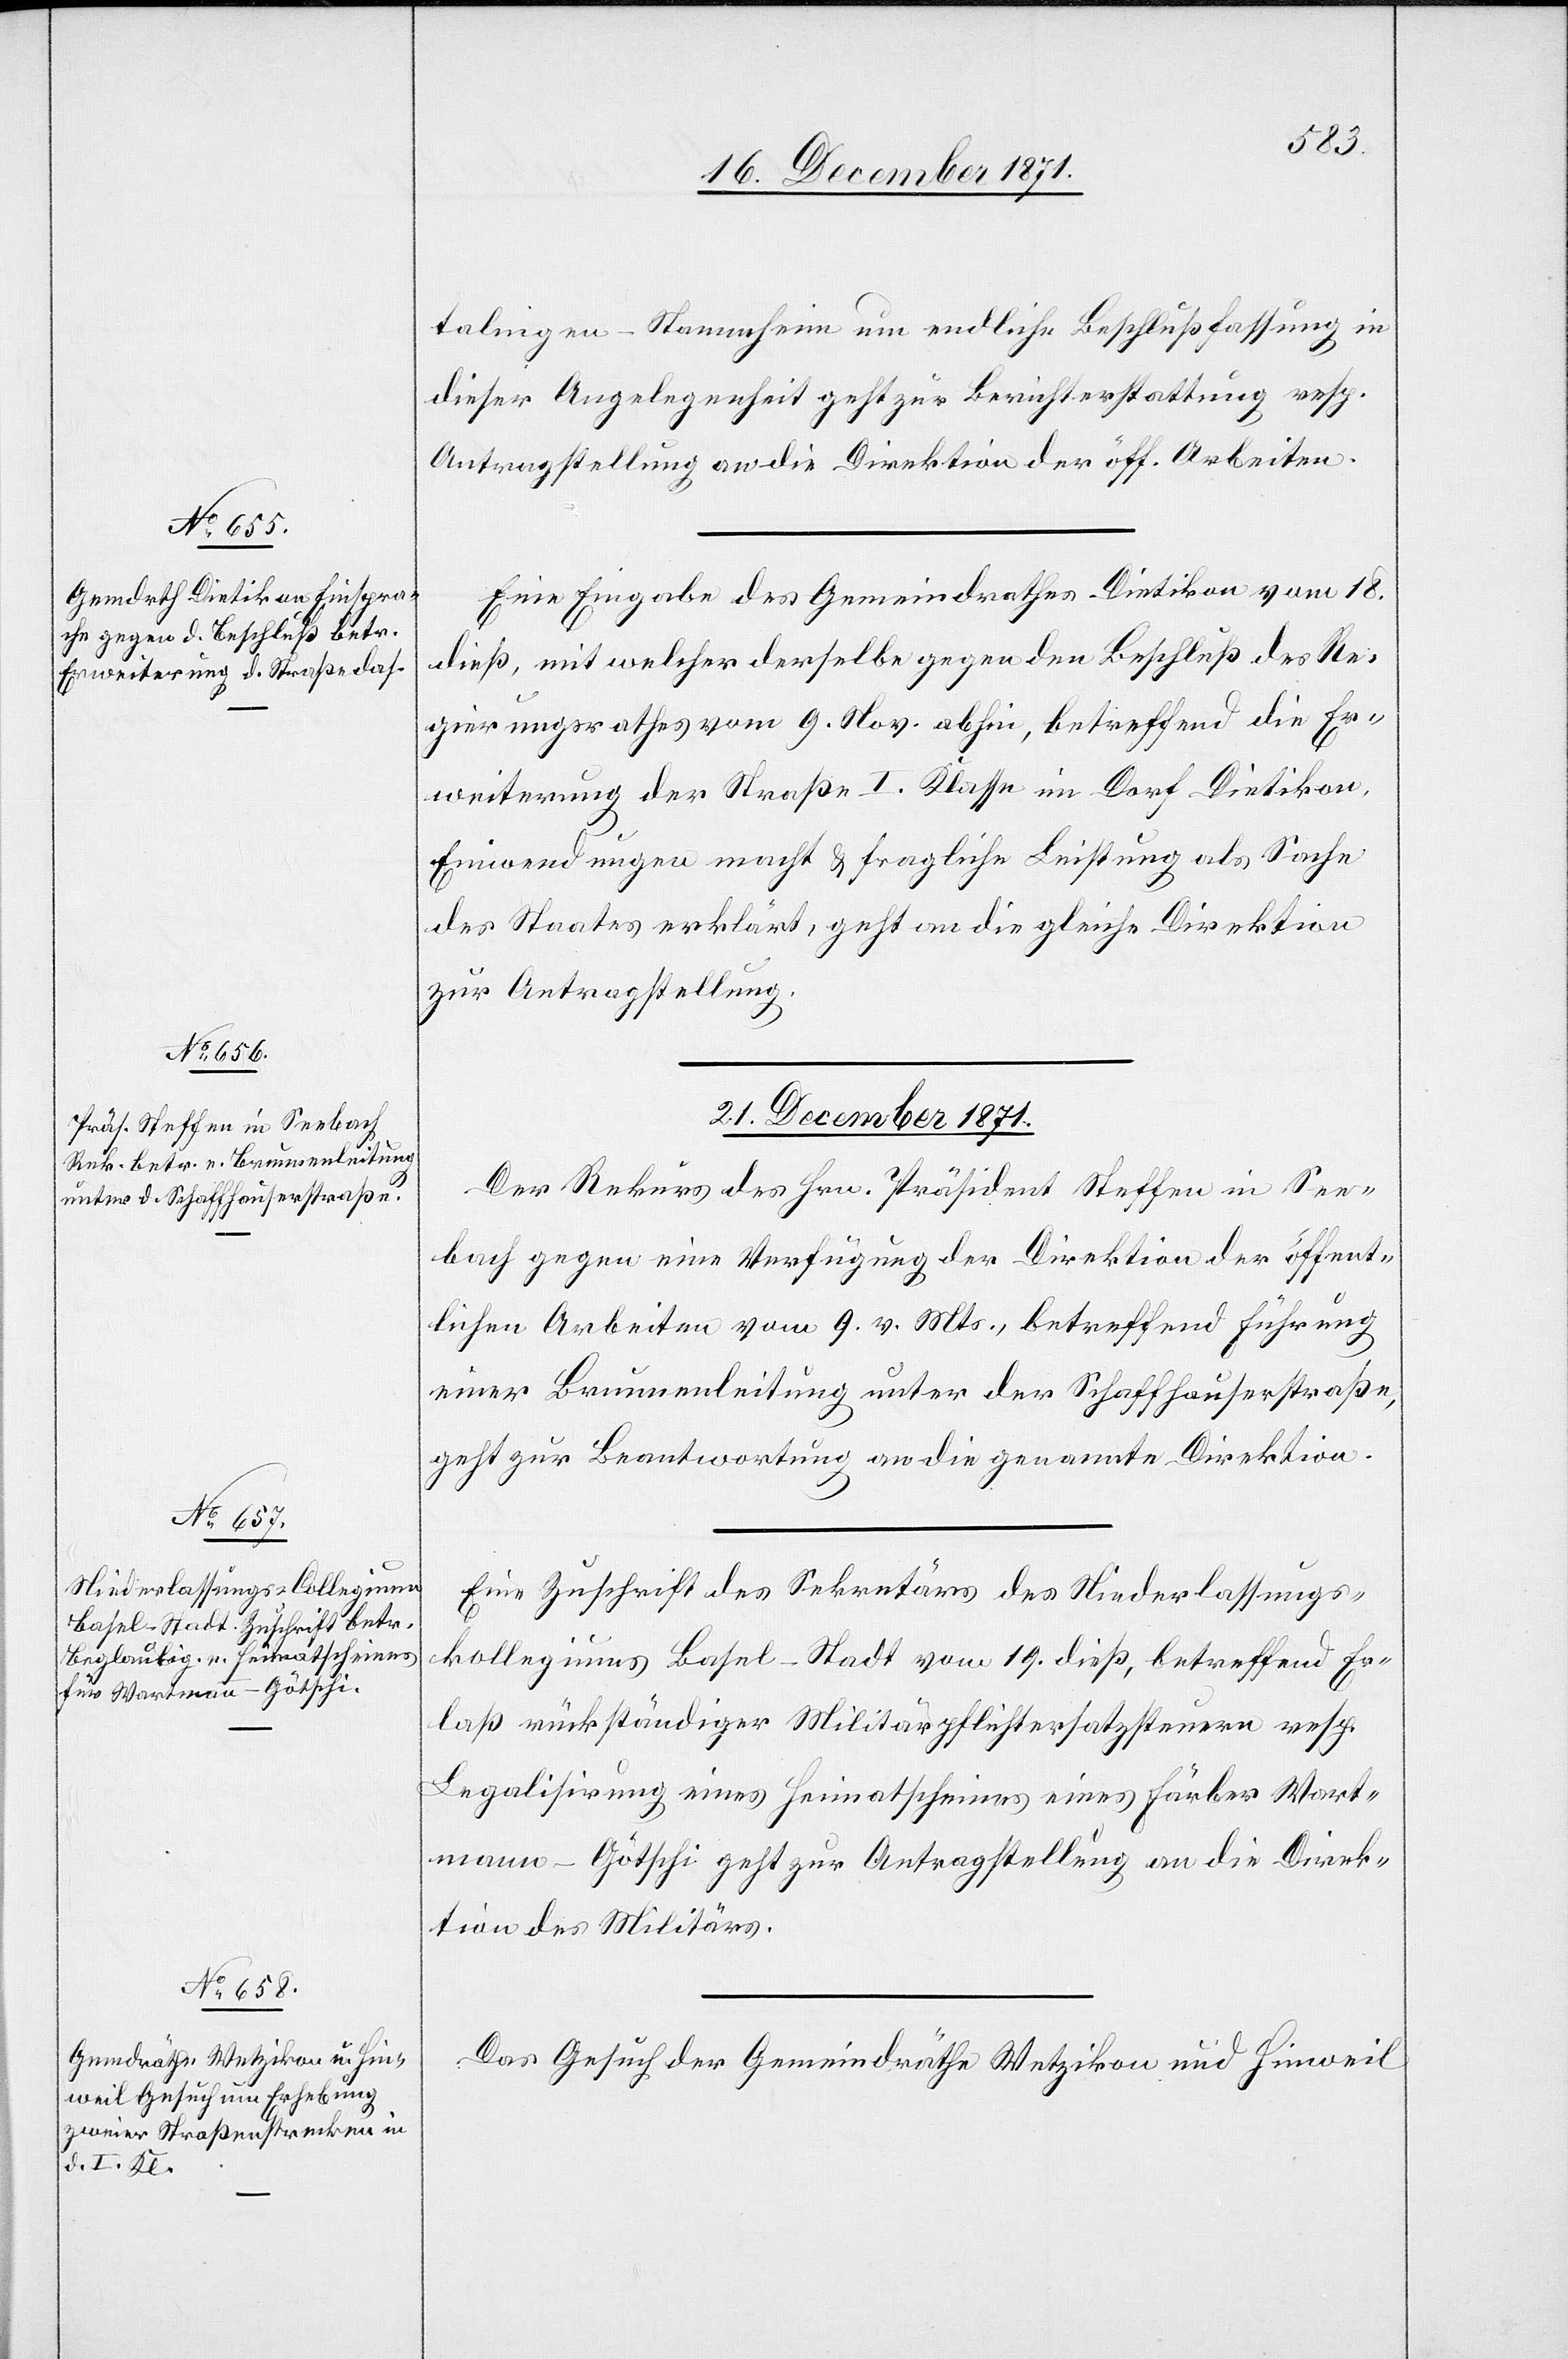
21. December 1871.]
talingen–Stammheim um endliche Beschlußfassung in
dieser Angelegenheit geht zur Berichterstattung resp.
Antragstellung an die Direktion der öff. Arbeiten.
Eine Eingabe des Gemeindrathes Dietikon vom 18.
dieß, mit welcher derselbe gegen den Beschluß des Re¬
gierungsrathes vom 9. Nov. abhin, betreffend die Er¬
weiterung der Straße I. Klasse im Dorf Dietikon,
Einwendungen macht & fragliche Leistung als Sache
des Staates erklärt, geht an die gleiche Direktion
zur Antragstellung.
21. December 1871.
Der Rekurs des Hrn. Präsident Steffen in See¬
bach gegen eine Verfügung der Direktion der öffent¬
lichen Arbeiten vom 9. v. Mts., betreffend Führung
einer Brunnenleitung unter der Schaffhauserstraße,
geht zur Beantwortung an die genannte Direktion.
Eine Zuschrift des Sekretärs des Niederlassungs¬
kollegiums Basel-Stadt vom 19. dieß, betreffend Er¬
laß rückständiger Militärpflichtersatzsteuern resp.
Legalisirung eines Heimatscheines eines Färber Wart¬
mann-Götschi geht zur Antragstellung an die Direk¬
tion des Militärs.
Das Gesuch der Gemeindräthe Wetzikon und Hinweil